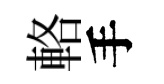
輅手